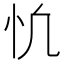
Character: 𢖾